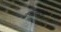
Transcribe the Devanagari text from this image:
कत्तलखाना